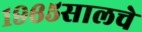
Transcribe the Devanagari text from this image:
१९६५सालचे